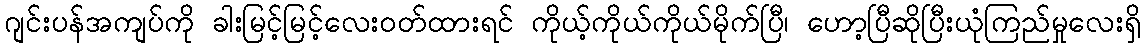
ဂျင်းပန်အကျပ်ကို ခါးမြင့်မြင့်လေးဝတ်ထားရင် ကိုယ့်ကိုယ်ကိုယ်မိုက်ပြီ၊ ဟော့ပြီဆိုပြီးယုံကြည်မှုလေးရှိ